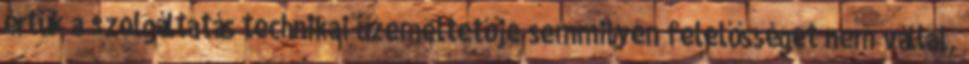
értük a szolgáltatás technikai üzemeltetője semmilyen felelősséget nem vállal,